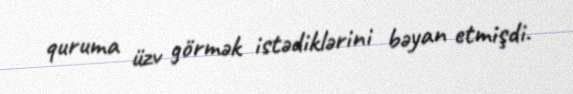
quruma üzv görmək istədiklərini bəyan etmişdi.